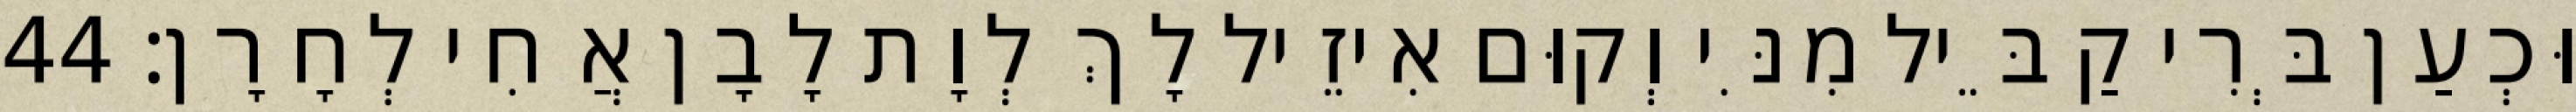
וּכְעַן בְּרִי קַבֵּיל מִנִּי וְקוּם אִיזֵיל לָךְ לְוָת לָבָן אֲחִי לְחָרָן׃ 44